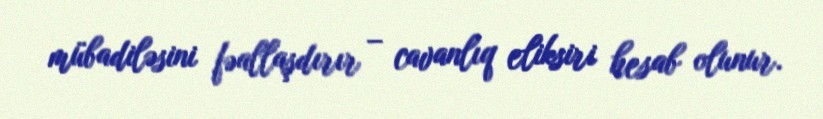
mübadiləsini fəallaşdırır – cavanlıq eliksiri hesab olunur.